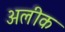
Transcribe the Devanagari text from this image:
अलीक